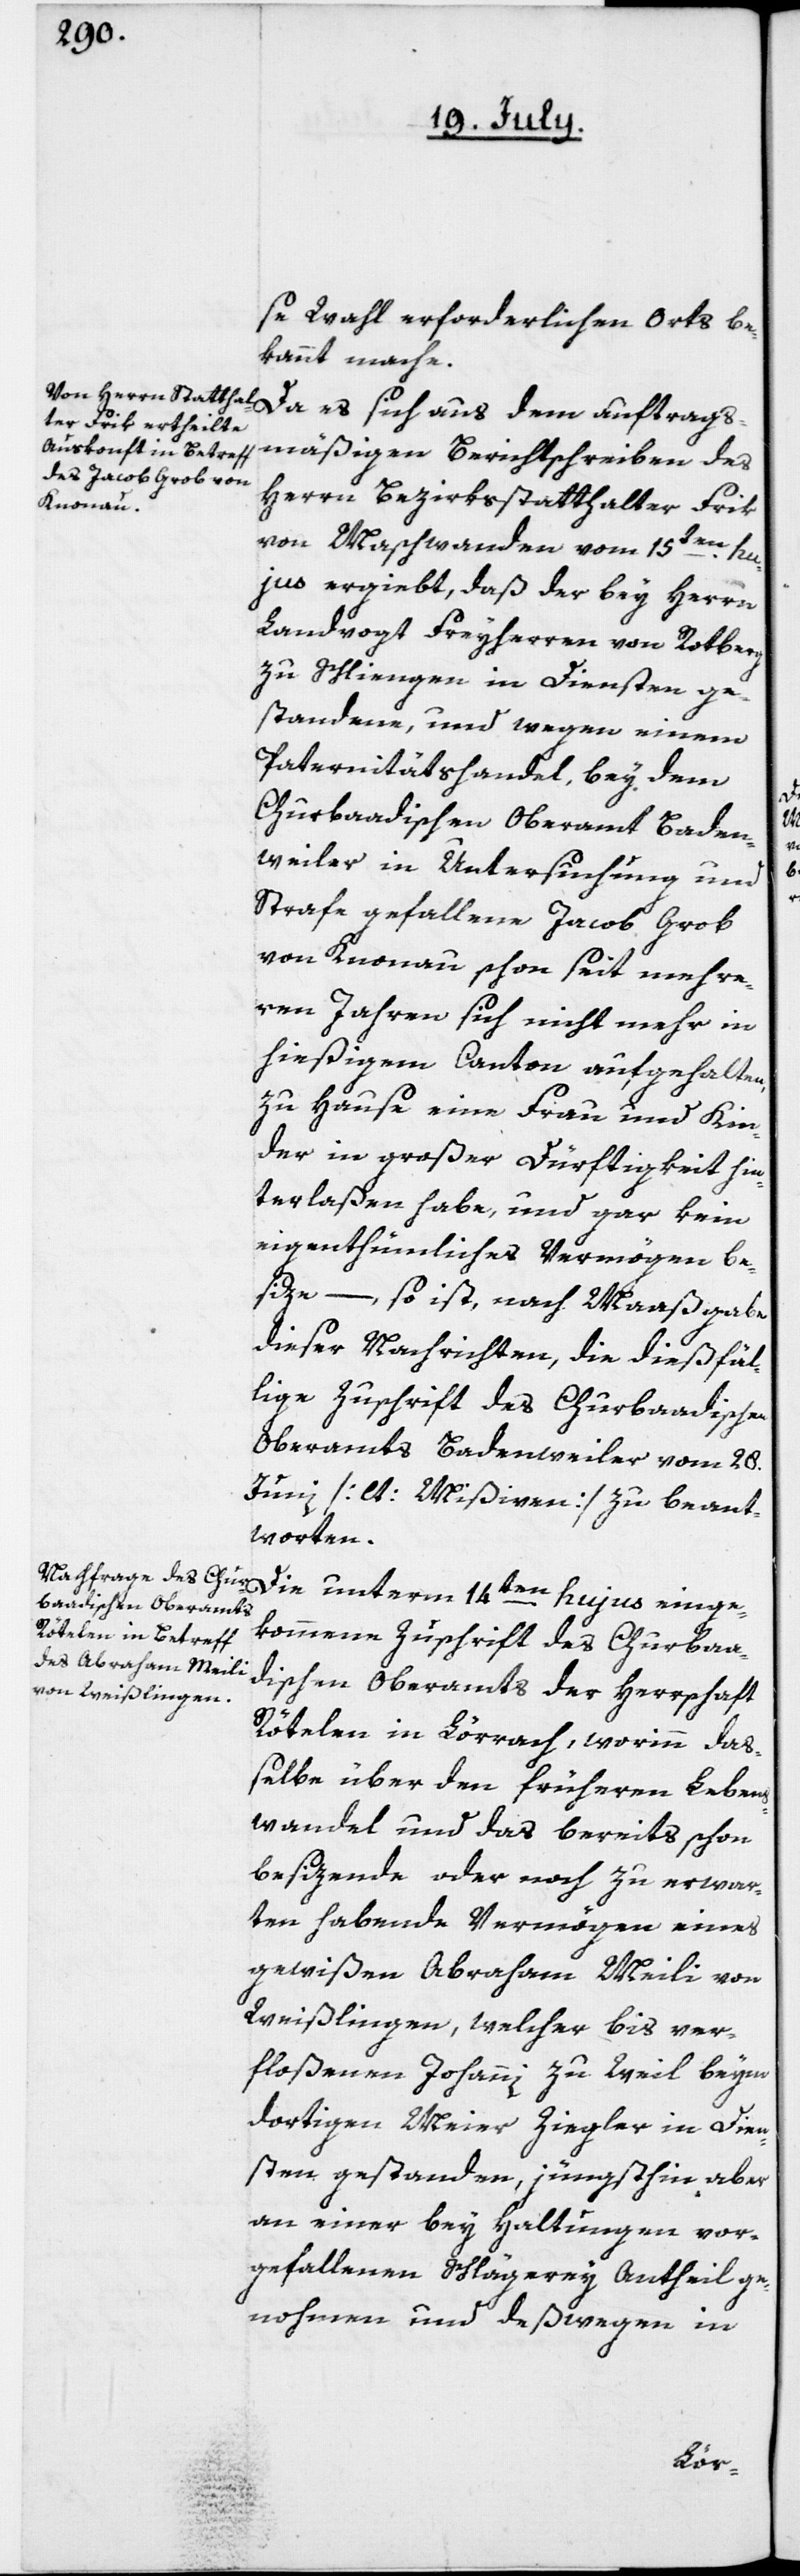
se Wahl erforderlichen Orts be¬
kannt mache.
mäßigen Berichtschreiben des
Herrn Bezirksstatthalter Frik
von Maschwanden vom 15ten hu¬
jus ergiebt, daß der bey Herrn
Landvogt Freyherren von Rotberg
zu Schliengen in Diensten ge¬
standene, und wegen einem
Paternitätshandel, bey dem
Churbaadischen Oberamt Baden¬
weiler in Untersuchung und
Strafe gefallene Jacob Grob
von Knonau schon seit mehre¬
ren Jahren sich nicht mehr in
hießigem Canton aufgehalten,
zu Hause eine Frau und Kin¬
der in großer Dürftigkeit hin¬
terlaßen habe, und gar kein
eigenthümliches Vermögen be¬
size, – so ist, nach Maaßgabe
dieser Nachrichten die dießfäl¬
lige Zuschrift des Churbaadischen
Oberamts Badenweiler vom 28.
Junii [lt. Mißiven] zu beant¬
worten.
Die unterm 14ten hujus einge¬
kommene Zuschrift des Churbaa¬
dischen Oberamts der Herrschaft
Rötelen in Lörrach, worinn das¬
selbe über den früheren Lebens¬
wandel und das bereits schon
besizende oder noch zu erwar¬
ten habende Vermögen eines
gewißen Abraham Meili von
Weißlingen, welcher bis ver¬
floßenen Johanni zu Weil beym
dortigen Meier Ziegler in Dien¬
sten gestanden, jüngsthin aber
an einer bey Haltungen vor¬
gefallenen Schlägerey Antheil ge¬
nohmen und deßwegen in
ags¬